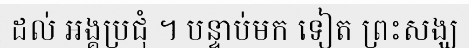
ដល់ អង្គប្រជុំ ។ បន្ទាប់មក ទៀត ព្រះសង្ឃ